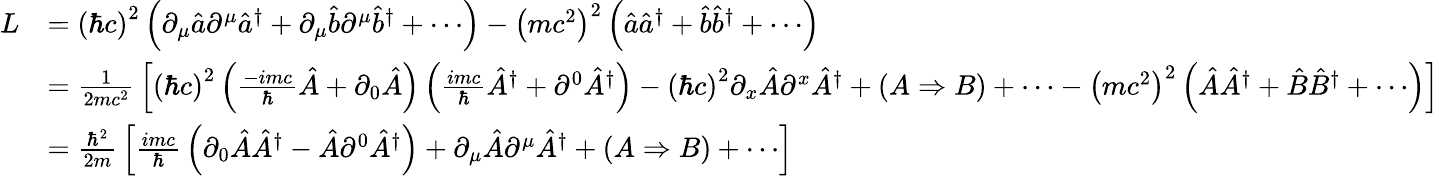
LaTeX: {\begin{array}{rl}{L}&{=\left(\hbar c\right)^{2}\left(\partial_{\mu}{\hat{a}}\partial^{\mu}{\hat{a}}^{\dagger}+\partial_{\mu}{\hat{b}}\partial^{\mu}{\hat{b}}^{\dagger}+\cdots\right)-\left(mc^{2}\right)^{2}\left({\hat{a}}{\hat{a}}^{\dagger}+{\hat{b}}{\hat{b}}^{\dagger}+\cdots\right)}\\ &{={\frac{1}{2mc^{2}}}\left[\left(\hbar c\right)^{2}\left({\frac{-imc}{\hbar}}{\hat{A}}+\partial_{0}{\hat{A}}\right)\left({\frac{imc}{\hbar}}{\hat{A}}^{\dagger}+\partial^{0}{\hat{A}}^{\dagger}\right)-\left(\hbar c\right)^{2}\partial_{x}{\hat{A}}\partial^{x}{\hat{A}}^{\dagger}+(A\Rightarrow B)+\cdots-\left(mc^{2}\right)^{2}\left({\hat{A}}{\hat{A}}^{\dagger}+{\hat{B}}{\hat{B}}^{\dagger}+\cdots\right)\right]}\\ &{={\frac{\hbar^{2}}{2m}}\left[{\frac{imc}{\hbar}}\left(\partial_{0}{\hat{A}}{\hat{A}}^{\dagger}-{\hat{A}}\partial^{0}{\hat{A}}^{\dagger}\right)+\partial_{\mu}{\hat{A}}\partial^{\mu}{\hat{A}}^{\dagger}+(A\Rightarrow B)+\cdots\right]}\end{array}}